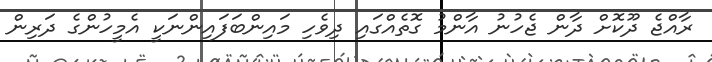
ރާއްޖެ ދޫކޮށް ދާން ޖެހުނު އާންމު ގޮތެެއްގައި ދިވެހި މައިންބަފައިންނަކީ އެމީހުންގެ ދަރިން